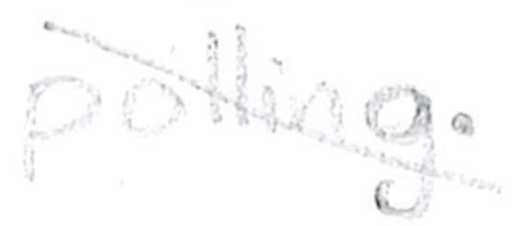
Text: polling.
Cross-out: diagonal
Writing tool: pencil